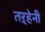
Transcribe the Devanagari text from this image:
तऱ्हेनी